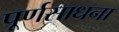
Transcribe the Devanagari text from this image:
पूर्णसाधना